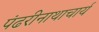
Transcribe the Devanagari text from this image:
पंढरीनाथाचार्य